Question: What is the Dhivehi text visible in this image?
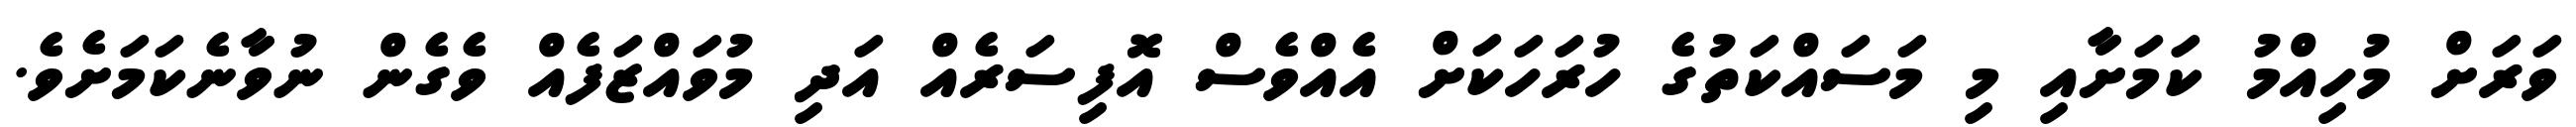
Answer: ވަރަށް މުހިއްމު ކަމަށާއި މި މަސައްކަތުގެ ހުރަހަކަށް އެއްވެސް އޮފިސަރެއް އަދި މުވައްޒަފެއް ވެގެން ނުވާނެކަމަށެވެ.